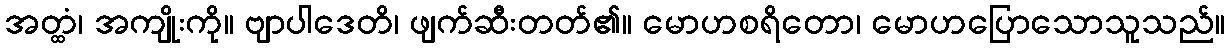
အတ္ထံ၊ အကျိုးကို။ ဗျာပါဒေတိ၊ ဖျက်ဆီးတတ်၏။ မောဟစရိတော၊ မောဟပြောသောသူသည်။